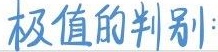
极值的判别：